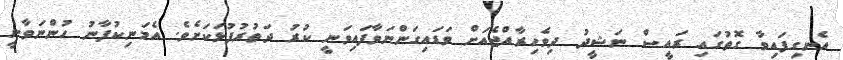
އެނގިފައިވާ ގޮތުގައި ރައީސް ނަޝީދު ދިވެހިރާއްޖެއަށް ވަޑައިގަންނަވާފައިވަނީ ކުރު ދަތުރުފުޅަކަށެވެ. އެމަނިކުފާނު ހުންނަވާނީ